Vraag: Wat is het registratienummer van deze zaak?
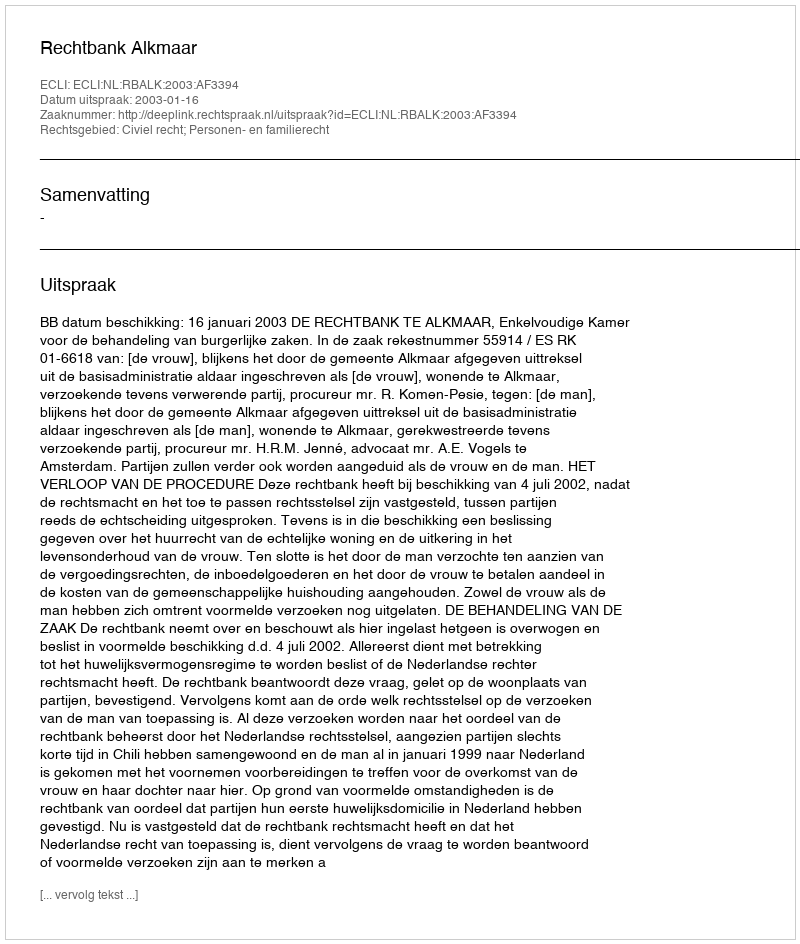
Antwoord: http://deeplink.rechtspraak.nl/uitspraak?id=ECLI:NL:RBALK:2003:AF3394